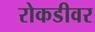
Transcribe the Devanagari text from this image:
रोकडीवर